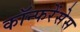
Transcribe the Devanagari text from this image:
कॉन्फरेंसेस